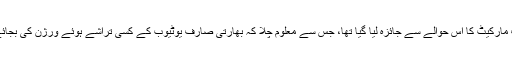
یوٹیوب کے مطابق بھارتی صارف مارکیٹ کا اس حوالے سے جائزہ لیا گیا تھا، جس سے معلوم چلا کہ بھارتی صارف یوٹیوب کے کسی تراشے ہوئے ورژن کی بجائے اسے اصل حالت میں چاہتے ہیں۔